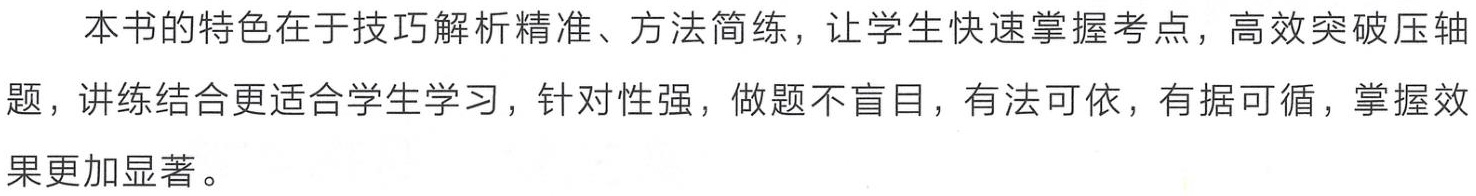
本书的特色在于技巧解析精准、方法简练，让学生快速掌握考点，高效突破压轴题，讲练结合更适合学生学习，针对性强，做题不盲目，有法可依，有据可循，掌握效果更加显著。